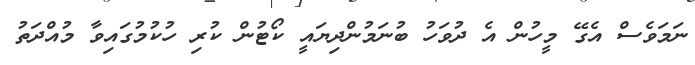
ނަމަވެސް އެގޭ މީހުން އެ ދުވަހު ބުނަމުންދިޔައީ ކޯޓުން ކުރި ހުކުމުގައިވާ މުއްދަތު